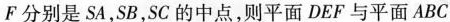
F分别是SA，SB，SC的中点，则平面DEF与平面ABC